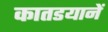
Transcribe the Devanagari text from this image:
कातडयानें